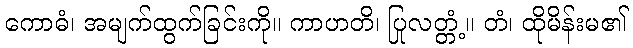
ကောဓံ၊ အမျက်ထွက်ခြင်းကို။ ကာဟတိ၊ ပြုလတ္တံ့။ တံ၊ ထိုမိန်းမ၏